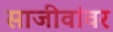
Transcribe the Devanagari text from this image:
साजीवांवर